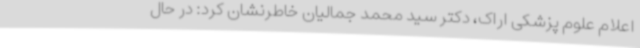
اعلام علوم پزشکی اراک، دکتر سید محمد جمالیان خاطرنشان کرد: در حال